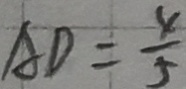
A D = \frac { 4 } { 5 }